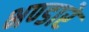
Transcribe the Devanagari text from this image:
भण्‍डारे